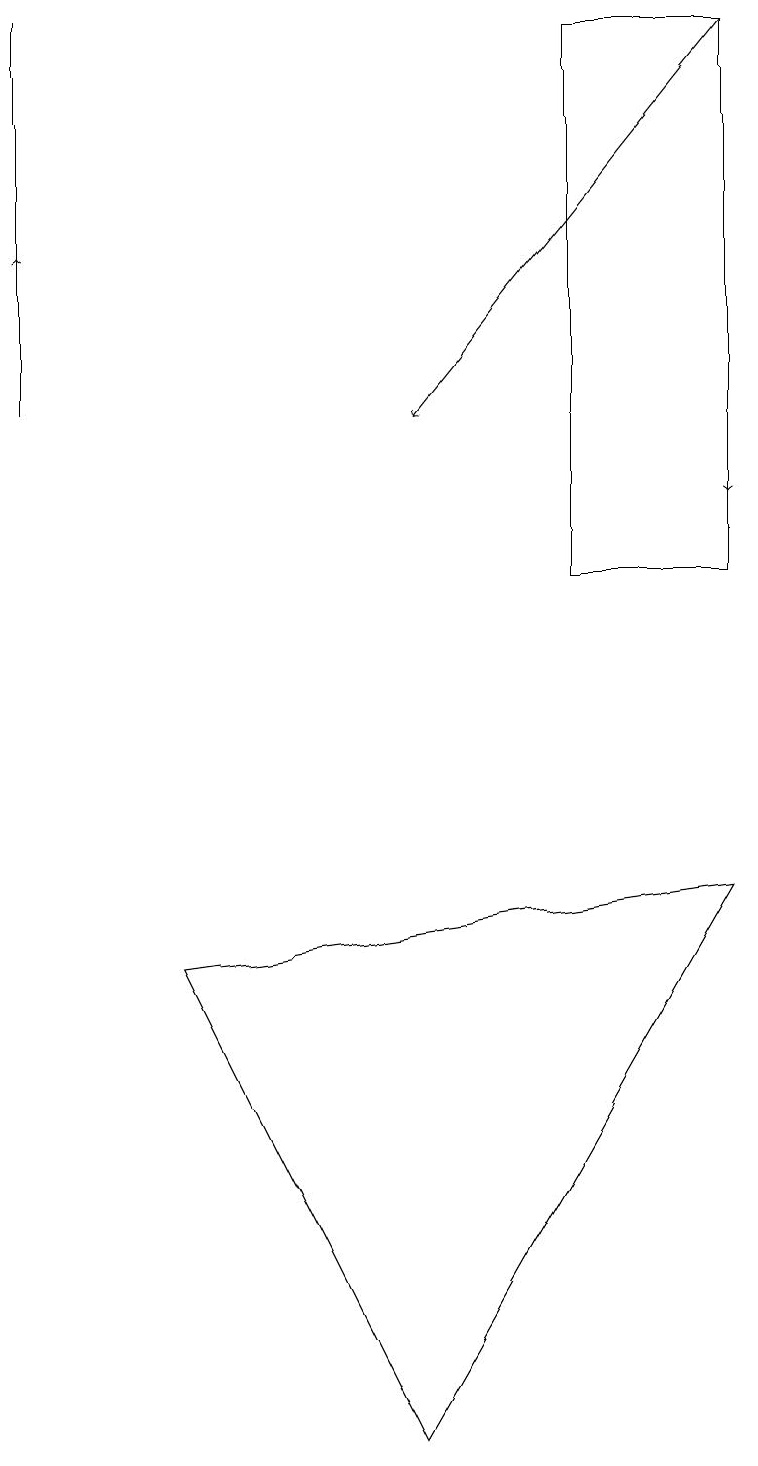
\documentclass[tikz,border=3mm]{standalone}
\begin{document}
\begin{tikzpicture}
\draw (9,8) -- (5,1) -- (2,7) -- cycle;
\draw (7,12) rectangle (9,19);
\draw[->] (0,15) -- (0,16);
\draw[->] (9,18) -- (9,13);
\draw (0,19) rectangle (0,14);
\draw[->] (9,19) -- (5,14);
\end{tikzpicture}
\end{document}